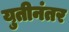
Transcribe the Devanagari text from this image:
युतीनंतर